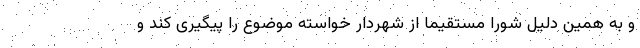
و به همین دلیل شورا مستقیما از شهردار خواسته موضوع را پیگیری کند و